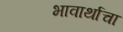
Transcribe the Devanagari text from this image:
भावार्थाचा